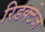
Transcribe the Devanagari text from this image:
रिडक्टेज